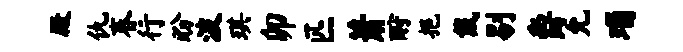
殿仇春行盼波琪卯匹萧酹挹戴剔爵允瑙